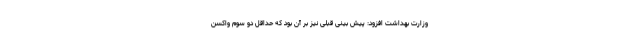
وزارت بهداشت افزود: پیش بینی قبلی نیز بر آن بود که حداقل دو سوم واکسن